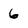
Character: 6